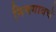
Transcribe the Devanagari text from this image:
निमगावचे